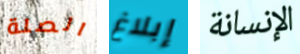
الصلة إبلاغ الإنسانة